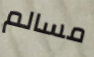
مسالم